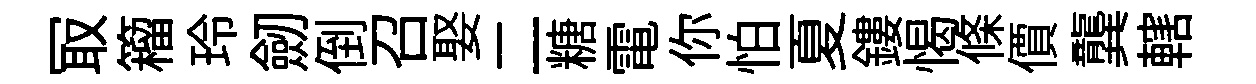
冣籕玲劒倒召娶二糖電你怕夏鏤愒條價龔轄